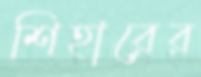
শিহারের